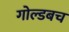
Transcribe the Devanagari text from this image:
गोल्डबच